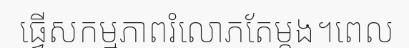
ធ្វើសកម្មភាពរំលោភតែម្តង។ពេល